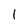
Character: I